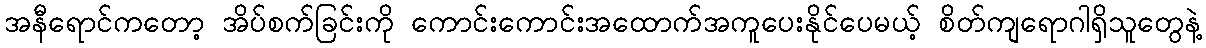
အနီရောင်ကတော့ အိပ်စက်ခြင်းကို ကောင်းကောင်းအထောက်အကူပေးနိုင်ပေမယ့် စိတ်ကျရောဂါရှိသူတွေနဲ့